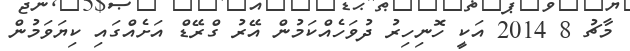
މާޗު 8 2014 އަކީ ހޮނިހިރު ދުވަހެއްކަމުން އޭރު ގްރޭޑް އަށެއްގައި ކިޔަވަމުން